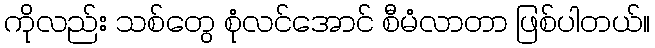
ကိုလည်း သစ်တွေ စုံလင်အောင် စီမံလာတာ ဖြစ်ပါတယ်။